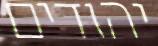
יהודים